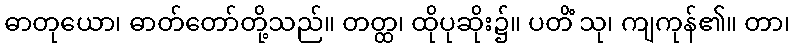
ဓာတုယော၊ ဓာတ်တော်တို့သည်။ တတ္ထ၊ ထိုပုဆိုး၌။ ပတိံ သု၊ ကျကုန်၏။ တာ၊